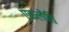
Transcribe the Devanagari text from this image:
एकलौति